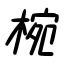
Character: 椀